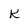
Character: K